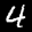
Label: 4